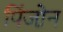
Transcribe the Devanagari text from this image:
पिंजो़न